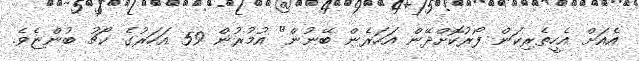
އެއަށް އެހީތެރިކަން ފޯރުކޮށްދޭން އަހަރެން ބޭނުން" އުމުރުން 59 އަހަރުގެ ކޯޗު ބުންޏެވެ.